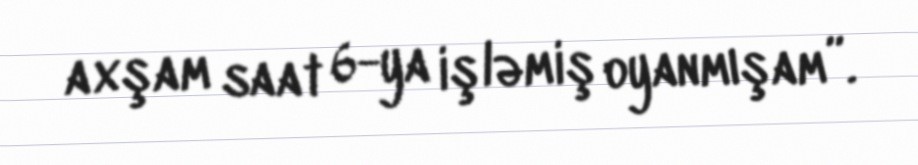
axşam saat 6-ya işləmiş oyanmışam”.